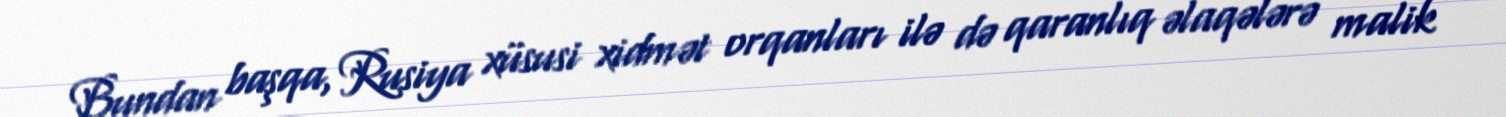
Bundan başqa, Rusiya xüsusi xidmət orqanları ilə də qaranlıq əlaqələrə malik